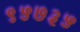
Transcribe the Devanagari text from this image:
९५७३५